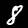
Label: 8